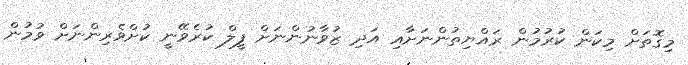
މިގޮތަށް މިކަން ކުރުމުން ރައްޔިތުންނަށާއި އަދި ޒުވާނުންނަށް ފީލް ކުރެވޭނީ ކުށްވެރިންނަށް ވުމުން